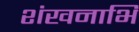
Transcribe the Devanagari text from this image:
शंखनाभि